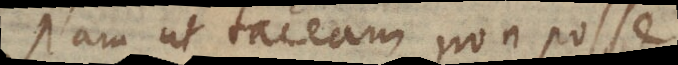
Nam ut taceam non posse